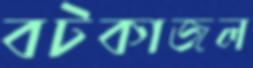
বটকাজল